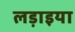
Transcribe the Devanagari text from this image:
लड़ाइया